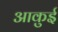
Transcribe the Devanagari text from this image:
आकुई